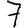
Digit: 7